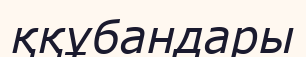
ққұбандары